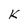
Character: k